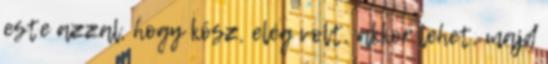
este azzal, hogy kösz, elég volt, akkor lehet, majd